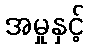
အမှုနှင့်